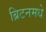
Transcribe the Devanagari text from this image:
ब्रिटनमधे